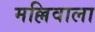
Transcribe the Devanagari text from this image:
मल्लिवाला